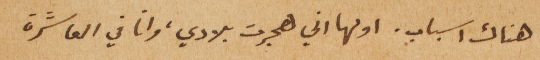
هناك اسباب. اولها اني هجرت بلادي، وانا في العاشرة